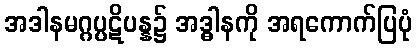
အဒါနမဂ္ဂပ္ပဋိပန္န၌ အဒ္ဓါနကို အရကောက်ပြပုံ